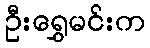
ဦးရွှေမင်းက